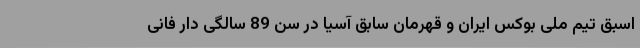
اسبق تیم ملی بوکس ایران و قهرمان سابق آسیا در سن 89 سالگی دار فانی